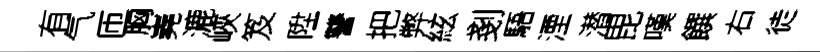
有气匝胸嶤漉峽笈陞讐把弊絃剗䮏湮潜毘嘆饌右徒